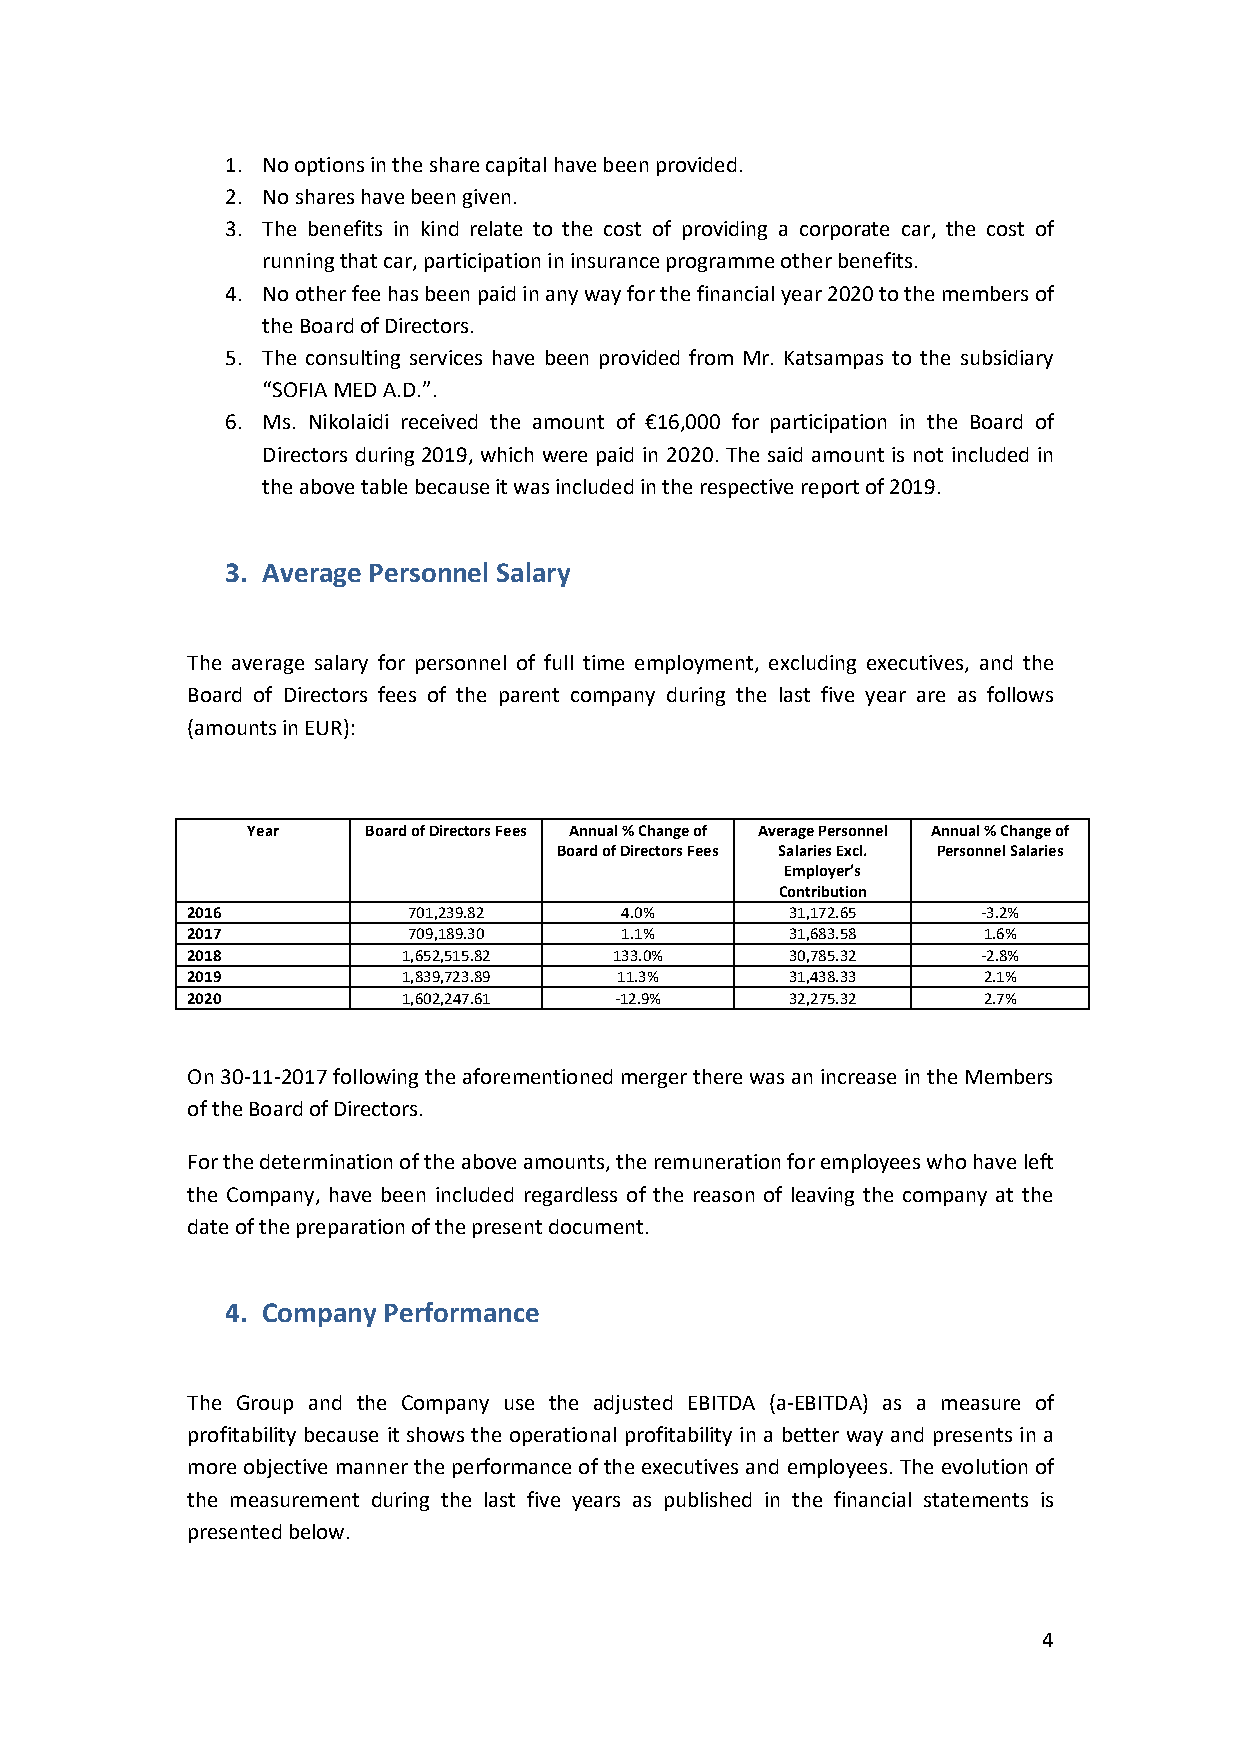
1. No options in the share capital have been provided.
 2. No shares have been given.
 3. The benefits in kind relate to the cost of providing a corporate car, the cost of
 running that car, participation in insurance programme other benefits.
 4. No other fee has been paid in any way for the financial year 2020 to the members of
 the Board of Directors.
 5. The consulting services have been provided from Mr. Katsampas to the subsidiary
 “SOFIA MED A.D.”.
 6. Ms. Nikolaidi received the amount of €16,000 for participation in the Board of
 Directors during 2019, which were paid in 2020. The said amount is not included in
 the above table because it was included in the respective report of 2019.
 3. Average Personnel Salary
 The average salary for personnel of full time employment, excluding executives, and the
 Board of Directors fees of the parent company during the last five year are as follows
 (amounts in EUR):
 Year    Board of Directors Fees Annual % Change of Average Personnel Annual % Change of
 Board of Directors Fees Salaries Excl. Personnel Salaries
 Employer’s
 Contribution
 2016           701,239.82    4.0%       31,172.65    -3.2%
 2017           709,189.30    1.1%       31,683.58    1.6%
 2018           1,652,515.82  133.0%     30,785.32    -2.8%
 2019           1,839,723.89  11.3%      31,438.33    2.1%
 2020           1,602,247.61  -12.9%     32,275.32    2.7%
 On 30-11-2017 following the aforementioned merger there was an increase in the Members
 of the Board of Directors.
 For the determination of the above amounts, the remuneration for employees who have left
 the Company, have been included regardless of the reason of leaving the company at the
 date of the preparation of the present document.
 4. Company Performance
 The Group and the Company use the adjusted EBITDA (a-EBITDA) as a measure of
 profitability because it shows the operational profitability in a better way and presents in a
 more objective manner the performance of the executives and employees. The evolution of
 the measurement during the last five years as published in the financial statements is
 presented below.
 4